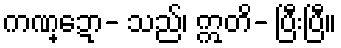
ကဏ္ဍော- သည်၊ ဣတိ- ပြီးပြီ။